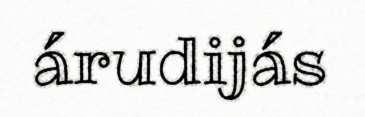
árudijás